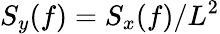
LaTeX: S_{y}(f)=S_{x}(f)/L^{2}